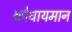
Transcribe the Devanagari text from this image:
क्रोधायमान